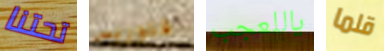
تحتنا فلوريس ياللعجب قلما